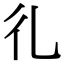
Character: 𢒽